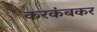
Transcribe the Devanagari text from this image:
करकंबकर